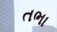
તભા